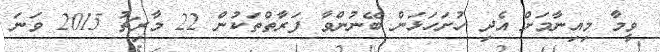
ވީމާ މިއިނާމަށް އެދި ހުށަހަޅަން ބޭނުންވާ ފަރާތްތަކުން 22 މާރިޗު 2015 ވަނަ